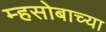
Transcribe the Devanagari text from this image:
म्हसोबाच्या